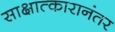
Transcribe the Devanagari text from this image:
साक्षात्कारानंतर